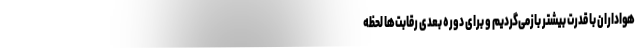
هواداران با قدرت بیشتر بازمی‌گردیم و برای دوره بعدی رقابت‌ها لحظه